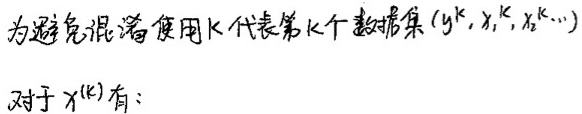
为避免混淆使用$K$代表第$k$个数据集$(y^{k},x_{1}^{k},x_{2}^{k},\cdots)$

对于$x^{(k)}$有：